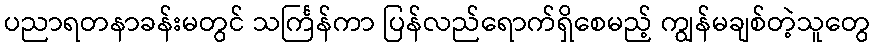
ပညာရတနာခန်းမတွင် သင်္ကြန်ကာ ပြန်လည်ရောက်ရှိစေမည့် ကျွန်မချစ်တဲ့သူတွေ